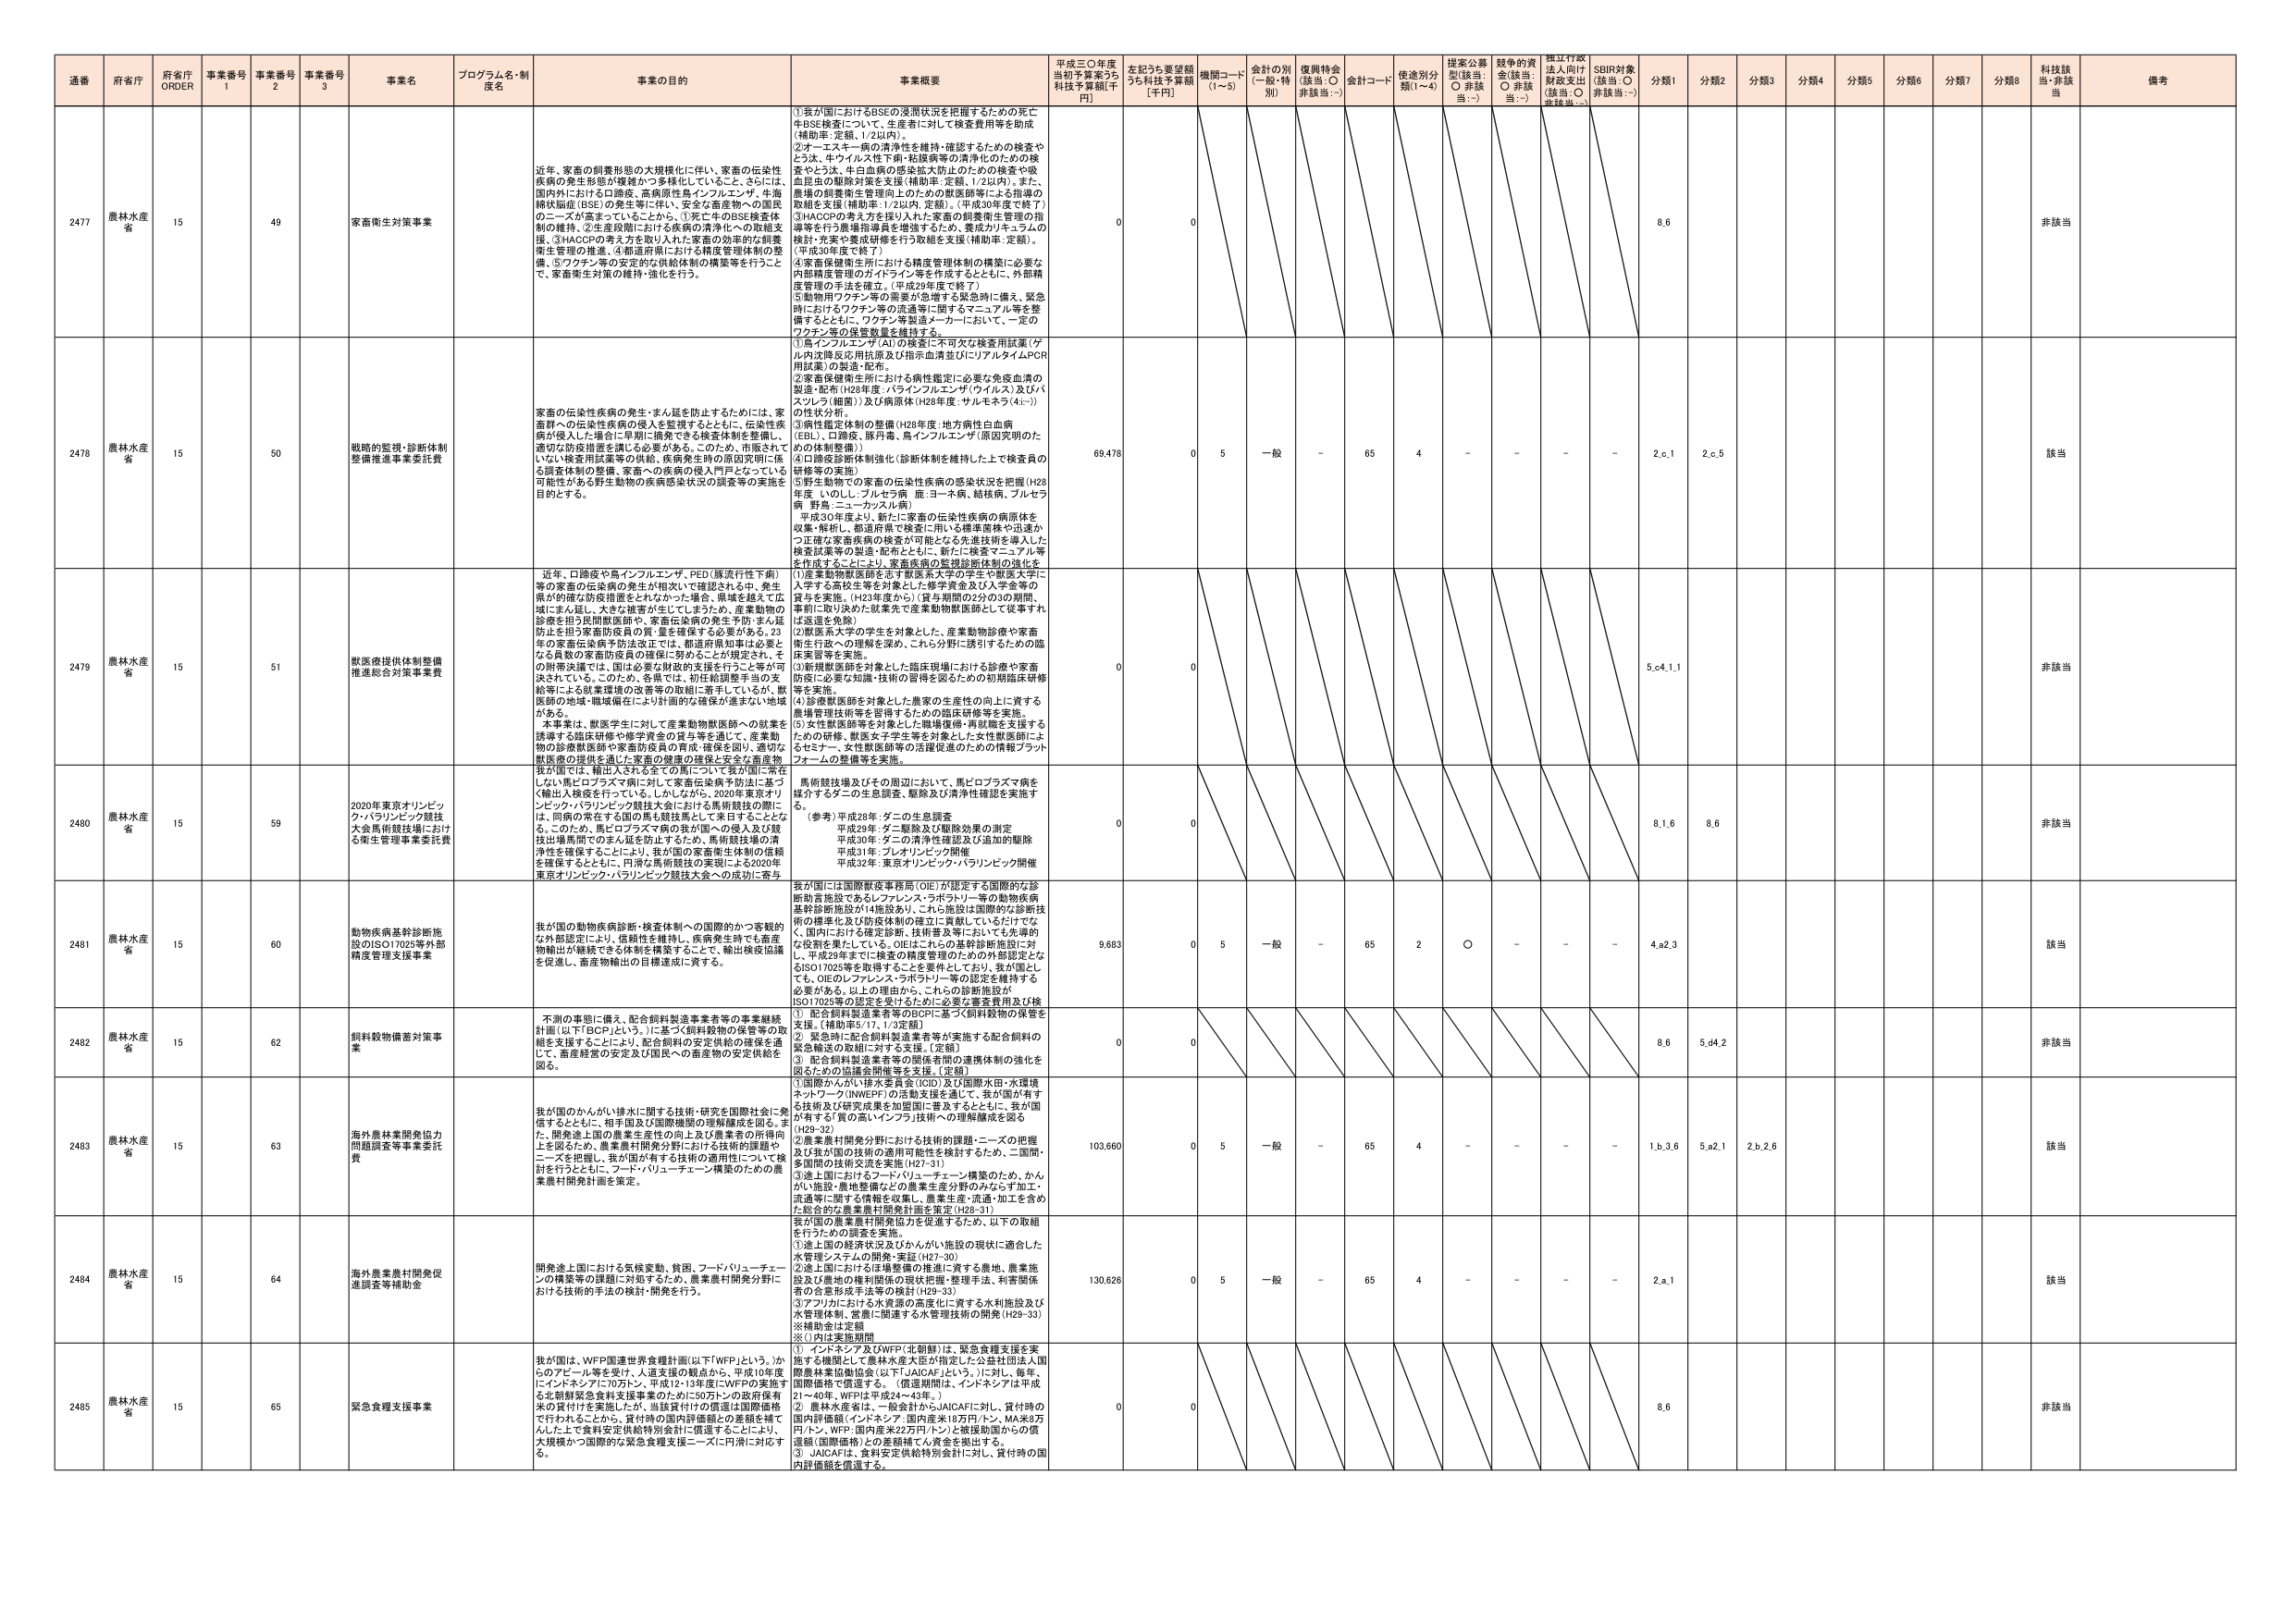
通番 府省庁 府省庁 ORDER 事業番号 1 事業番号 2 事業番号 3 事業名 プログラム名・制度名 事業の目的 事業概要 平成三〇年度当初予算案うち 科技予算額[千円] 左記うち要望額うち科技予算額 [千円] 機関コード (1～5) 会計の別 (一般・特別) 復興特会 (該当:○ 非該当:－) 会計コード 使途別分類(1～4) 提案公募型(該当:○ 非該当:－) 競争的資金(該当:○ 非該当:－) 捏江行政法人向け財政支出(該当:○ 非該当:－) SDBR対象(該当:○ 非該当:－) 分類1 分類2 分類3 分類4 分類5 分類6 分類7 分類8 科技該当・非該当 備考

2477 農林水産省 15 49 家畜衛生対策事業 近年、家畜の飼養形態の大規模化に伴い、家畜の伝染性疾患の発生形態が複雑かつ多様化していること、さらには、国内外における口蹄疫、高病原性鳥インフルエンザ、牛海綿状脳症(BSE)の発生等に対し、安全な畜産物への国民のニーズが高まっていることから、①死亡牛のBSE検査体制の維持、②生産段階における疾病の清浄化への取組支援、③HACCPの考え方を取り入れた家畜の効率的な飼養衛生管理の推進、④都道府県における構築管理体制の整備、⑤ワクチン等の安定的な供給体制の構築等を行うことで、家畜衛生対策の維持・強化を行う。 ①我が国におけるBSEの浸潤状況を把握するための死亡牛BSE検査について、生産者に対して検査費用等を助成（補助率：定額、1/2以内）。 ②オーススキー病の清浄性を維持・確認するための検査やとうさ、牛ウイルス性下痢・粘膜病等の清浄化のための検査やとうさ、牛白血病の感染拡大防止のための検査や吸血昆虫の駆除対策を支援（補助率：定額、1/2以内）。また、農場の飼養衛生管理向上のための獣医師等による指導の取組を支援（補助率：1/2以内、定額）。（平成30年度で終了） ③HACCPの考え方を導入された家畜の飼養衛生管理の指導等を行う農場指導員を増強するため、養成カリキュラムの検討・充実や養成研修を行う取組を支援（補助率：定額）。（平成30年度で終了） ④家畜保健衛生所における精度管理体制の構築に必要な内部精度管理のガイドライン等を作成するとともに、外部精度管理の手法を確立。（平成29年度で終了） ⑤動物用ワクチン等の需要が急増する緊急時に備え、緊急時におけるワクチン等の流通等に関するマニュアル等を整備するとともに、ワクチン等製造メーカーにおいて、一定のワクチン等の保管数量を維持する。 0 0 8.6 非該当

2478 農林水産省 15 50 眼腸の監視・診断体制整備推進事業委託費 家畜の伝染性疾患の発生・まん延を防止するためには、家畜群への伝染性疾患の侵入を監視するとともに、伝染性疾患が侵入した場合に早期に摘発できる検査体制を整備し、適切な防疫措置を講じる必要がある。このため、市販されていない検査用試薬等の供給、疾病発生時の原因究明に係る調査体制の整備、家畜への疾病の侵入門戸となっている可能性がある野生動物の疾病感染状況の調査等の実施を目的とする。 ①鳥インフルエンザ(AI)の検査に不可欠な検査用試薬（ゲル内沈降反応用抗原及び指示血清並びにリアルタイムPCR用試薬）の製造・配布。 ②家畜保健衛生所における病性鑑定に必要な免疫血清の製造・配布（H28年度：パラインフルエンザ（ウイルス）及びパズレル（細菌））及び病原体（H28年度：サルモネラ（4s-））の性状分析。 ③病性鑑定体制の整備（H28年度：地方病性白血病（EBL）、口蹄疫、豚丹毒、鳥インフルエンザ（原因究明のための体制整備）） ④口蹄疫診断体制強化（診断体制を維持した上で検査員の研修等の実施） ⑤野生動物での家畜の伝染性疾患の感染状況を把握（H28年度：いのしし・ブルセラ病、鹿：ヨーネ病、結核病、ブルセラ病、野鳥：ニューカッスル病） 平成30年度より、新たに家畜の伝染性疾患の病原体を収集・検討し、都道府県で検査に用いる検査菌株や迅速かつ正確な家畜疾患の検査が可能となる先進技術を導入した検査試薬等の製造・配布とともに、新たに検査マニュアル等を作成することにより、家畜疾患の検査診断体制の強化を 69,478 0 5 一般 - 65 4 - - - - 2.c.1 2.c.5 該当

2479 農林水産省 15 51 獣医療提供体制整備推進総合対策事業費 近年、口蹄疫や鳥インフルエンザ、PED（豚流行性下痢）等の家畜の伝染病の発生が相次いで確認される中、発生県が的確な防疫措置をとれなかった場合、県境を越えて広域にまん延し、大きな被害が生じてしまうため、産業動物の診療を担う民間獣医師や、家畜伝染病の発生予防・まん延防止を担う家畜防疫員の質・量を確保する必要がある。23年の家畜伝染病予防法改正では、都道府県知事は必要となる員数の家畜防疫員の確保に努めることが規定され、その開発支援では、国は必要な財政的支援を行うことが可決されている。このため、各県では、初任給調査手当の支給等による就業環境の改善等の取組に着手しているが、獣医師の地域・職域偏在により計画的な確保が進まない地域がある。 本事業は、獣医学生に対して産業動物獣医師への就業を誘導する臨床研修や奨学金の貸与等を通じて、産業動物の診療獣医師や家畜防疫員の育成・確保を図り、適切な獣医療の提供を通じた家畜の健康の確保と安全な畜産物 我が国では、輸出入される全ての馬について我が国に常在しない馬ピロプラズマ病に対して家畜伝染病予防法に基づく輸出入検疫を行っている。しかしながら、2020年東京オリンピック・パラリンピック競技大会における馬術競技の際に、この馬の常在する国の馬も競技馬として来日することとなる。このため、馬ピロプラズマ病の我が国への侵入及び競技出場期間中のまん延を防止するため、馬術競技場の清浄性を確保するとともに、我が国の家畜衛生体制の信頼を確保するとともに、円滑な馬術競技の実現による2020年東京オリンピック・パラリンピック競技大会への成功に寄与 ①産業動物獣医師を志す獣医系大学の学生や獣医系大学院入学者を高校生等を対象とした修学資金及び入学金等の貸与を実施。（H23年度から）（貸与期間の2分の3の期間、事前に取り決めた就業先で産業動物獣医師として従事すれば返還免除） ②獣医系大学の学生を対象とした、産業動物診療や家畜衛生行政への理解を深め、これら分野に誘引するための臨床実習等を実施。 ③馬術競技場を対象とした臨床現場における診療や家畜防疫に必要な知識・技術の習得を図るための初期臨床研修等を実施。 ④診療獣医師を対象とした農家の生産性の向上に資する農場管理技術等を習得するための臨床研修等を実施。 ⑤女性獣医師等を対象とした職場復帰・再就職を支援するための研修、獣医女子学生等を対象とした女性型医師によるセミナー、女性獣医師等の活躍促進のための情報プラットフォームの整備等を実施。 0 0 5.c.4.1.1 非該当

2480 農林水産省 15 59 2020年東京オリンピック・パラリンピック競技大会馬術競技場における衛生管理事業委託費 馬術競技場及びその周辺において、馬ピロプラズマ病を媒介するダニの生息調査、駆除及び清浄性確認を実施する。 （参考）平成28年：ダニの生息調査 平成29年：ダニ駆除及び駆除効果の測定 平成30年：ダニの清浄性確認及び追加的駆除 平成31年：プレオリンピック開催 平成32年：東京オリンピック・パラリンピック開催 0 0 8.1.6 8.6 非該当

2481 農林水産省 15 60 動物疾病基幹診断施設のISO17025等外部精度管理支援事業 我が国の動物疾病診断・検査体制への国際的かつ客観的な外部認定により、信頼性を維持し、疾病発生時でも畜産物輸出が継続できる体制を構築することで、輸出検疫協議を促進し、畜産物輸出の目標達成に資する。 我が国には国際獣医事務局（OIE）が認定する国際的な診断制施設であるレフアレンス・ラボラトリー等の動物疾病基幹診断施設が14施設あり、これら施設は国際的な診断技術の標準化及び防疫体制の確立に貢献しているだけでなく、国内における確定診断、技術普及等においても重要な役割を果たしている。OIE認定による基幹診断施設に対し、平成29年度までに検査の精度管理のための外部認定となるISO17025等を取得することを要件としており、我が国としても、OIEのレフアレンス・ラボラトリー等の認定を維持する必要がある。以上の理由から、これらの診断施設がISO17025等の認定を受けるために必要な審査費用及び検 9,683 0 5 一般 - 65 2 ○ - - - - 4.a.2.3 該当

2482 農林水産省 15 62 飼料穀物備蓄対策事業 不測の事態に備え、配合飼料製造業者等の事業継続計画（以下「BCP」という。）に基づく飼料穀物の保管等の取組を支援することにより、配合飼料の安定供給の確保を通じて、畜産経営の安定及び国民への畜産物の安定供給を図る。 ① 配合飼料製造業者等のBCPに基づく飼料穀物の保管を支援。【補助率5/17、1/3定額】 ② 緊急時に配合飼料製造業者等が実施する配合飼料の緊急輸送の取組に対する支援。【定額】 ③ 配合飼料製造業者等の関係者間の連携体制の強化を図るための協議会開催等を支援。【定額】 0 0 8.6 5.d.4.2 非該当

2483 農林水産省 15 63 海外農林業開発協力関連調査等事業委託費 我が国のかんがい排水に関する技術・研究を国際社会に発信するとともに、相手国及び国際機関の理解構成を図る。また、開発途上国の農業生産性の向上及び農業者の所得向上を図るため、農業農村開発分野における技術的課題やニーズを把握し、我が国が有する技術の適用性について検討を行うとともに、フード・バリューチェーン構築のための農業農村開発計画を策定。 ①国際かんがい排水委員会（ICID）及び国際水田・水環境ネットワーク（INWEP）の活動支援を通して、我が国が有する技術及び研究成果を加盟国に普及するとともに、我が国が有する「質の高いインフラ」技術への理解醸成を図る（H29-32） ②農業農村開発分野における技術的課題・ニーズの把握及び我が国の技術の適用可能性を検討するため、二国間・多国間の技術交流を実施（H27-31） ③途上国におけるフード・バリューチェーン構築のため、かんがい施設・農地整備などの農業生産分野のみならず加工・流通等に関する情報を収集し、農業生産・流通・加工を含めた総合的な農業農村開発計画を策定（H28-31） 103,660 0 5 一般 - 65 4 - - - - 1.b.3.6 5.a.2.1 2.b.2.6 該当

2484 農林水産省 15 64 海外農業農村開発促進調査等補助金 開発途上国における気候変動、貧困、フードバリューチェーンの構築等の課題に対処するため、農業農村開発分野における技術的手法の検討・開発を行う。 我が国の農業農村開発協力を促進するため、以下の取組を行うための調査を実施。 ①途上国の経済状況及びかんがい施設の現状に適合した水管理システムの開発・実証（H27-30） ②途上国における市場基準の推進に資する農地、農業施設及び農地の権利関係の現状把握・整理手法、利害関係者の合意形成手法等の検討（H29-33） ③アフリカにおける水資源の高度化に資する水利施設及び水管理技術、営農に関連する水管理技術の開発（H29-33） ※補助金は定額 ※（）内は実施期間 130,626 0 5 一般 - 65 4 - - - - 2.a.1 該当

2485 農林水産省 15 65 緊急食糧支援事業 我が国は、WFP国連世界食糧計画（以下「WFP」という。）からのアピール等を受け、人道支援の観点から、平成10年度にインドネシアに70万トン、平成11年度にWFPの実施する北朝鮮緊急食料支援事業のために50万トンの政府保有米の貸付けを実施したが、当該貸付けの償還は国際価格で行われることから、貸付時の国内評価額との差額を補てんした上で食料安定供給特別会計に充当することにより、大規模かつ国際的な緊急食糧支援ニーズに円滑に対応する。 ① インドネシア及びWFP（北朝鮮）は、緊急食糧支援を実施する機関として農林水産大臣が指定した公益社団法人国際農林業協働協会（以下「JAICAF」という。）に対し、毎年、国際価格で償還する。（償還期間は、インドネシアは平成21～40年、WFPは平成24～43年。） ② 農林水産省は、一般会計からJAICAFに対し、貸付時の国内評価額（インドネシア：国内産米18万円/トン、MA米5万円/トン、WFP：国内産米22万円/トン）と償還期間からの償還額（国際価格）との差額補てん資金を拠出する。 ③ JAICAFは、食料安定供給特別会計に対し、貸付時の国内評価額を償還する。 0 0 8.6 非該当